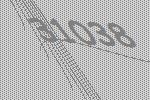
31038